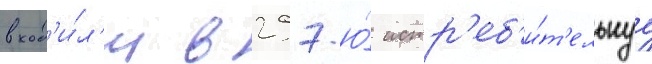
вход'и́л'и в 297-ю́ истр'еб'и́т'ельнуу